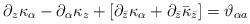
LaTeX: \begin{align*}\partial_z \kappa_\alpha - \partial_\alpha \kappa _z +[\partial_{\bar z} \kappa _\alpha + \partial _{\bar z} \bar \kappa _{\bar z}]= \vartheta_{\alpha a}\end{align*}